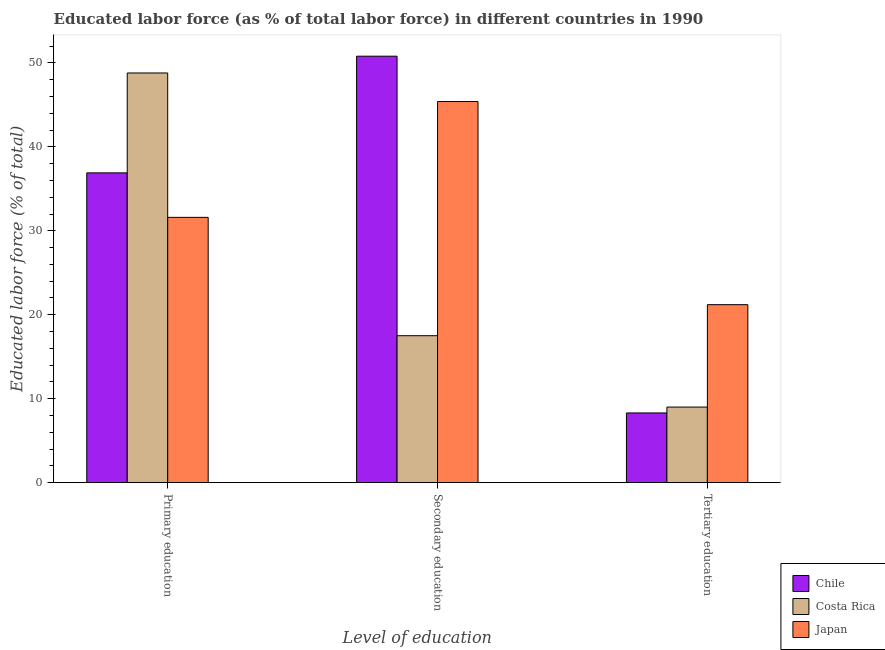
| Level of education | Chile | Costa Rica | Japan |
 | --- | --- | --- | --- |
 | Primary education | 36.9 | 48.8 | 31.6 |
 | Secondary education | 50.8 | 17.5 | 45.4 |
 | Tertiary education | 8.3 | 9 | 21.2 |